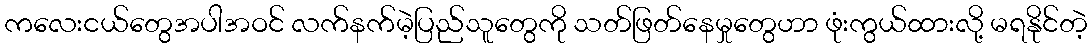
ကလေးငယ်တွေအပါအဝင် လက်နက်မဲ့ပြည်သူတွေကို သတ်ဖြတ်နေမှုတွေဟာ ဖုံးကွယ်ထားလို့ မရနိုင်တဲ့